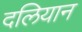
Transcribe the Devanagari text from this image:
दलियान